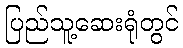
ပြည်သူ့ဆေးရုံတွင်